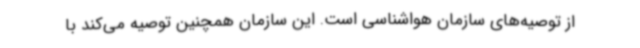
از توصیه‌های سازمان هواشناسی است. این سازمان همچنین توصیه می‌کند با